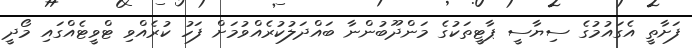
ފަށާތީ އެގައުމުގެ ސިޔާސީ ޕާޓީތަކުގެ މަންދޫބުންނާ ބައްދަލުކުރެއްވުމަށް ފަހު ކުރެއްވި ޓްވީޓެއްގައި މޯދީ